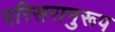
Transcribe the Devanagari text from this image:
परिसरानुरूप